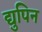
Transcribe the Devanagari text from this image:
द्युपिन